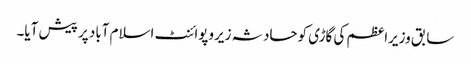
سابق وزیراعظم کی گاڑی کوحادثہ زیروپوائنٹ اسلام آباد پر پیش آیا۔